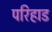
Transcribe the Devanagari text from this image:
परिहाड